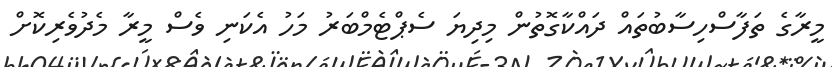
މީރާގެ ތަފާސްހިސާބުތައް ދައްކާގޮތުން މިދިޔަ ސެޕްޓެމްބަރު މަހު އެކަނި ވެސް މީރާ މެދުވެރިކޮށް